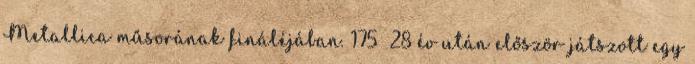
Metallica műsorának fináléjában. 175 28 év után először játszott egy